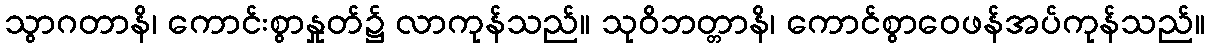
သွာဂတာနိ၊ ကောင်းစွာနှုတ်၌ လာကုန်သည်။ သုဝိဘတ္တာနိ၊ ကောင်စွာဝေဖန်အပ်ကုန်သည်။